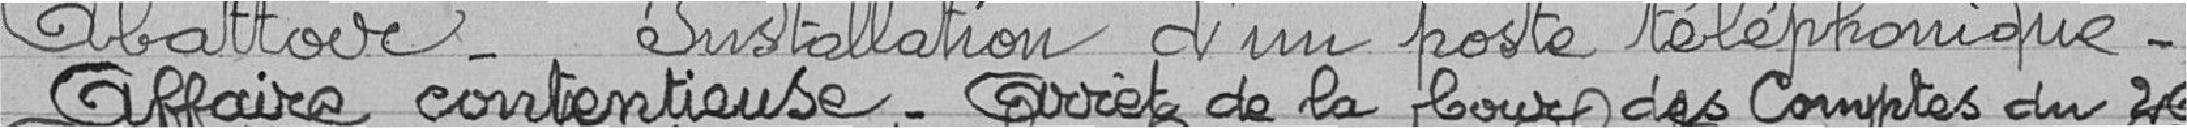
Abattoir - Installation d'un poste téléphonique - Affaire contentieuse - arrêt de la Cour des Comptes du 26 décembre 1916